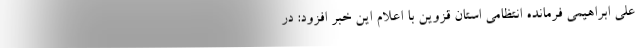
علی ابراهیمی فرمانده انتظامی استان قزوین با اعلام این خبر افزود: در